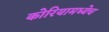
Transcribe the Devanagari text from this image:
कोरियामध्येच